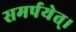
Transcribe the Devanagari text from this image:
समर्पयेत्।